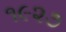
૧૯૨૭